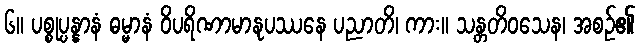
၆။ ပစ္စုပ္ပန္နာနံ ဓမ္မာနံ ဝိပရိဏာမာနုပဿနေ ပညာတိ၊ ကား။ သန္တတိဝသေန၊ အစဉ်၏